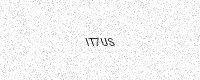
Text: IT7US